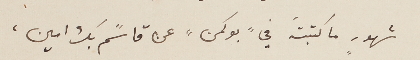
شهورٍ ما كتبتَه في "بوكمن" عن قاسًم بك امين،